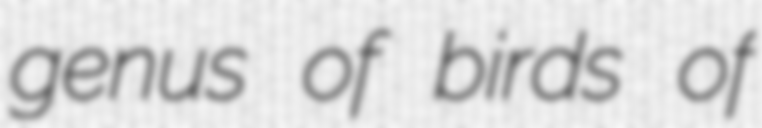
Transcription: genus of birds of